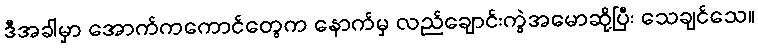
ဒီအခါမှာ အောက်ကကောင်တွေက နောက်မှ လည်ချောင်းကွဲအမောဆို့ပြီး သေချင်သေ။